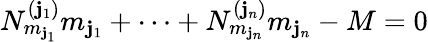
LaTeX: N_{m_{\mathbf{j}_{1}}}^{(\mathbf{j}_{1})}m_{\mathbf{j}_{1}}+\cdots+N_{m_{\mathbf{j}_{n}}}^{(\mathbf{j}_{n})}m_{\mathbf{j}_{n}}-M=0